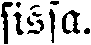
sissa.